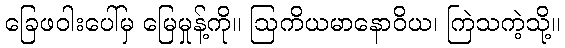
ခြေဖဝါးပေါ်မှ မြေမှုန့်ကို။ ဩကိယမာနောဝိယ၊ ကြဲသကဲ့သို့။